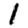
Digit: 1